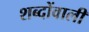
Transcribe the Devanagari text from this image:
शब्दोंवाली